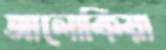
আলোকিয়া